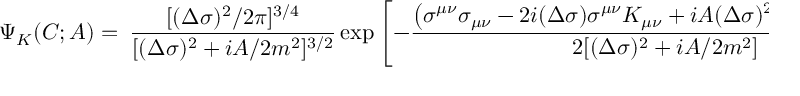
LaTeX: \Psi _ { K } ( C ; A ) = \ { \frac { [ ( \Delta \sigma ) ^ { 2 } / 2 \pi ] ^ { 3 / 4 } } { [ ( \Delta \sigma ) ^ { 2 } + i A / 2 m ^ { 2 } ] ^ { 3 / 2 } } } \exp \left[ - { \frac { \left( \sigma ^ { \mu \nu } \sigma _ { \mu \nu } - 2 i ( \Delta \sigma ) \sigma ^ { \mu \nu } K _ { \mu \nu } + i A ( \Delta \sigma ) ^ { 2 } K _ { \mu \nu } K ^ { \mu \nu } / 4 m ^ { 2 } \right) } { 2 [ ( \Delta \sigma ) ^ { 2 } + i A / 2 m ^ { 2 } ] } } \right]